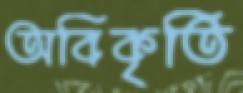
অবিকৃতি